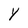
Character: Y